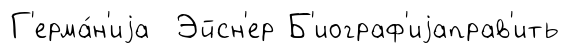
Г'ерма́н'иjа Эйсн'ер Б'иограф'иjаправ'ить